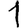
Digit: 1